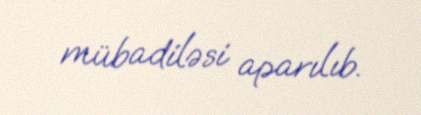
mübadiləsi aparılıb.